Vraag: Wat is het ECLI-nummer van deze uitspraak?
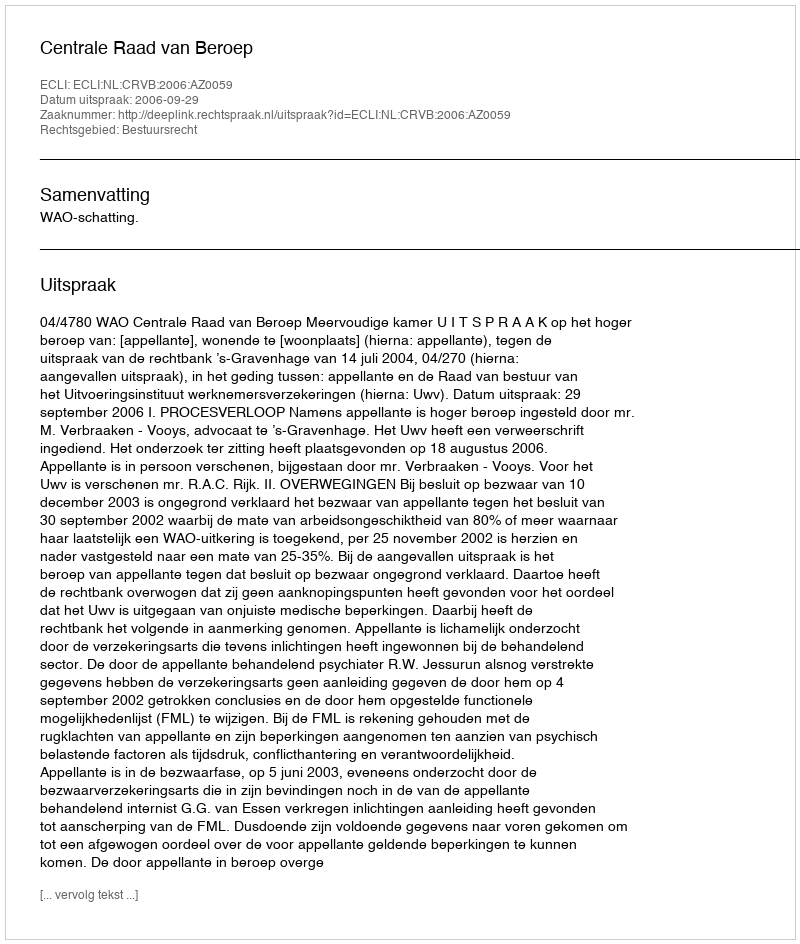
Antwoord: ECLI:NL:CRVB:2006:AZ0059